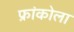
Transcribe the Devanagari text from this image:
फ्रांकोला